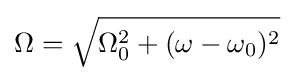
\Omega ={\sqrt {\Omega _{0}^{2}+(\omega -\omega _{0})^{2}}}